Kohila_vallavalitsus, lk 33
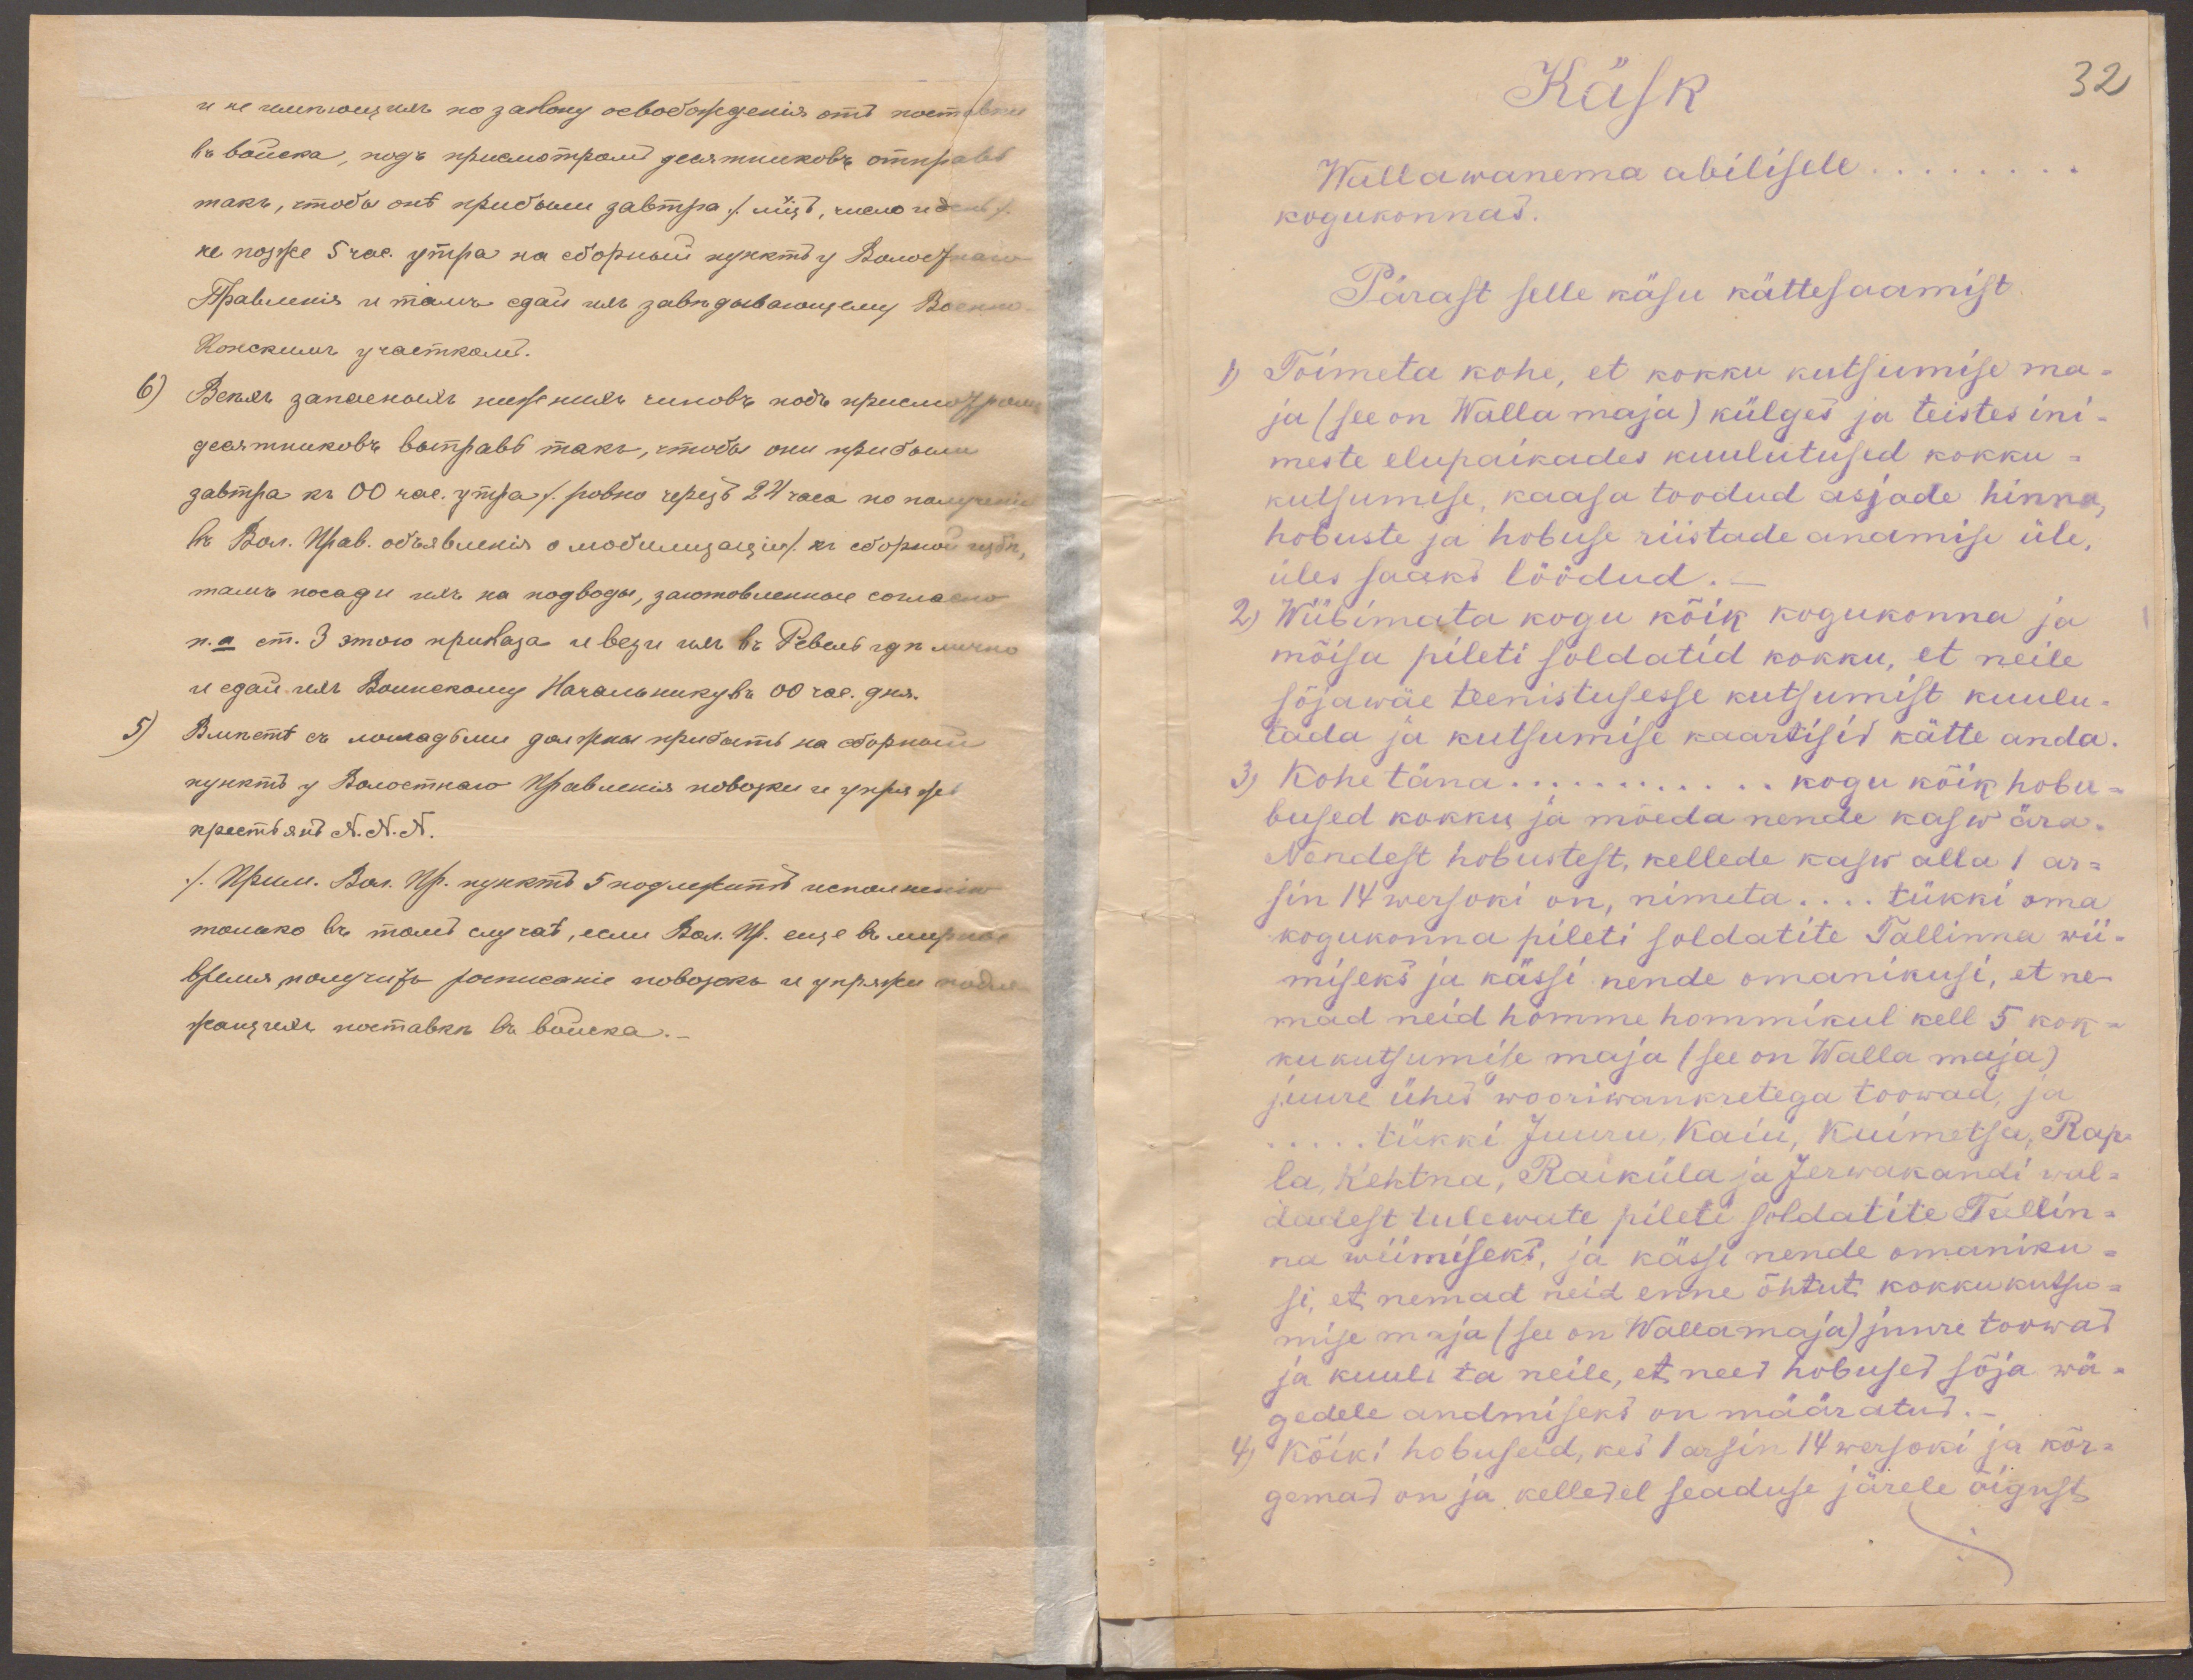
Käsk
32
Wallawanema abilisele
kogukonnas.
Pärast selle käsu kättesaamist
1, Toimeta kohe, et kokku kutsumise ma-
ja (see on Walla maja) külges ja teistes ini-
meste elupaikades kuulutused kokku-
kutsumise, kaasa toodud asjade hinna,
hobuste ja hobuse riistade andmise üle,
üles saaks löödud.
2) Wiibimata kogu kõik kogukonna ja
mõisa pileti soldatid kokku, et neile
sõjawäe teenistusesse kutsumist kuulu-
tada ja kutsumise kaartisid kätte anda
3, Kohe täna ............ kogu kõik hobu-
bused kokku ja mõeda nende kasw ära.
Nendest hobustest, kellede kasw alla 1 ar-
sin 14 wersoki on, nimeta ..... tükki oma
kogukonna pileti soldatite Tallinna wii-
miseks ja kässi nende omanikusi, et ne-
mad neid homme hommikul kell 5 kok-
kukutsumise maja (see on Walla maja)
juure ühes wooriwankretega toowad, ja
... tükki Juuru, Kaiu, Kuimetsa, Rap-
la, Kehtna, Raiküla ja Jerwakandi wal-
dadest tulewate pileti soldatite Tallin-
na wiimiseks, ja kässi nende omaniku-
si, et nemad neid enne õhtuti kokkukutsu-
mise maja (see on Wallamaja) juure toowad
ja kuulu ta neile, et need hobused sõja wä-
gedele andmiseks on määratud. -
4, Kõiki hobuseid, kes 1 arsin 14 wersoki ja kõr-
gemad on ja kelledel seaduse järele õigust